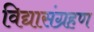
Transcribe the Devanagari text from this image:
विद्यासंग्रहण